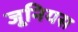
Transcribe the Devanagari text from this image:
जूनियस